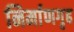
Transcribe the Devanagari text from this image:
निर्माणगृह